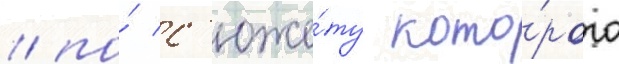
/ по́ с'юже́ту кото́рого